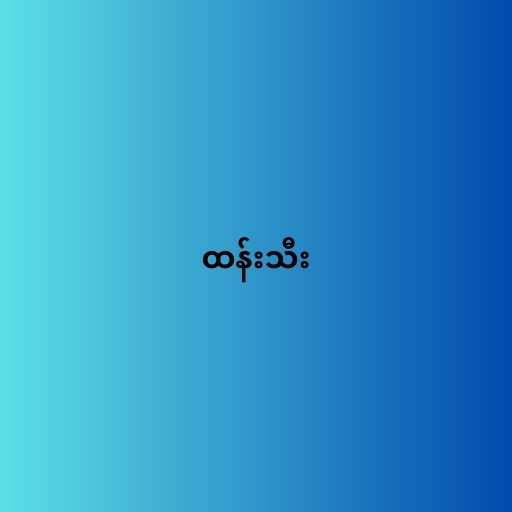
ထန်းသီး